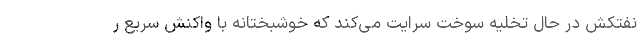
نفتکش در حال تخلیه سوخت سرایت می‌کند که خوشبختانه با واکنش سریع ر